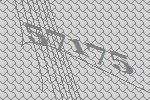
57175